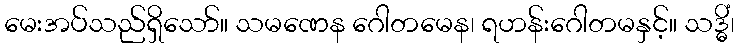
မေးအပ်သည်ရှိသော်။ သမဏေန ဂေါတမေန၊ ရဟန်းဂေါတမနှင့်။ သဒ္ဓိံ၊